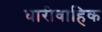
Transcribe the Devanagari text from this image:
धारीवाहिक